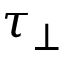
\tau _ { \perp }